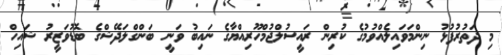
މި ދަތުރުފުޅު ނިންމަވައިލެއްވުމުގެ ކުރިން ރައީސުލްޖުމްހޫރިއްޔާގެ ނައިބު ވަނީ ބަންގްލަދޭޝްގެ ބޮޑުވަޒީރު ޝައިހް